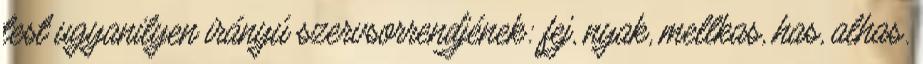
test ugyanilyen irányú szervsorrendjének: fej, nyak, mellkas, has, alhas.